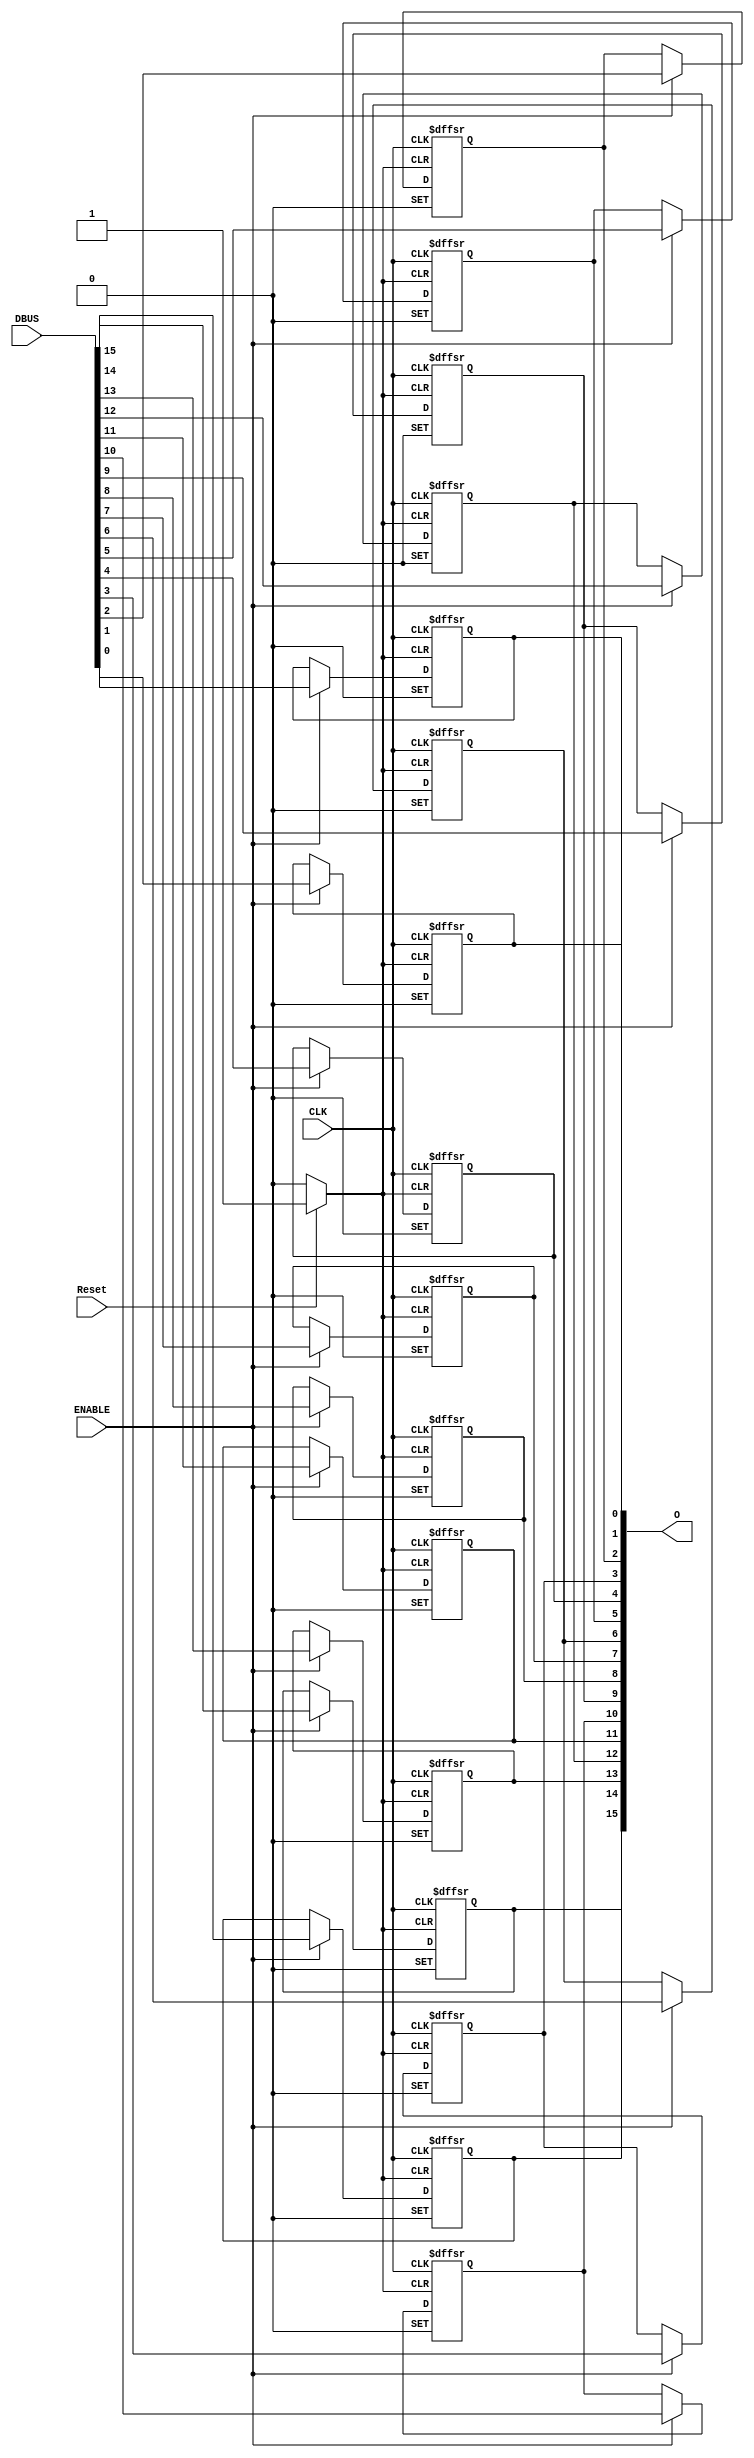
// Copyright (C) 1991-2013 Altera Corporation
// Your use of Altera Corporation's design tools, logic functions 
// and other software and tools, and its AMPP partner logic 
// functions, and any output files from any of the foregoing 
// (including device programming or simulation files), and any 
// associated documentation or information are expressly subject 
// to the terms and conditions of the Altera Program License 
// Subscription Agreement, Altera MegaCore Function License 
// Agreement, or other applicable license agreement, including, 
// without limitation, that your use is for the sole purpose of 
// programming logic devices manufactured by Altera and sold by 
// Altera or its authorized distributors.  Please refer to the 
// applicable agreement for further details.

// PROGRAM		"Quartus II 64-Bit"
// VERSION		"Version 13.0.1 Build 232 06/12/2013 Service Pack 1 SJ Web Edition"
// CREATED		"Mon Jun 11 02:07:59 2018"

module Register16Bit (
	Reset,
	CLK,
	ENABLE,
	DBUS,
	O
);


input wire	Reset;
input wire	CLK;
input wire	ENABLE;
input wire	[15:0] DBUS;
output wire	[15:0] O;

reg	[15:0] O_ALTERA_SYNTHESIZED;
wire	SYNTHESIZED_WIRE_32;
wire	SYNTHESIZED_WIRE_33;

assign	SYNTHESIZED_WIRE_32 = 1;




always@(posedge CLK or negedge SYNTHESIZED_WIRE_33 or negedge SYNTHESIZED_WIRE_32)
begin
if (!SYNTHESIZED_WIRE_33)
	begin
	O_ALTERA_SYNTHESIZED[0] <= 0;
	end
else
if (!SYNTHESIZED_WIRE_32)
	begin
	O_ALTERA_SYNTHESIZED[0] <= 1;
	end
else
if (ENABLE)
	begin
	O_ALTERA_SYNTHESIZED[0] <= DBUS[0];
	end
end


assign	SYNTHESIZED_WIRE_33 =  ~Reset;


always@(posedge CLK or negedge SYNTHESIZED_WIRE_33 or negedge SYNTHESIZED_WIRE_32)
begin
if (!SYNTHESIZED_WIRE_33)
	begin
	O_ALTERA_SYNTHESIZED[1] <= 0;
	end
else
if (!SYNTHESIZED_WIRE_32)
	begin
	O_ALTERA_SYNTHESIZED[1] <= 1;
	end
else
if (ENABLE)
	begin
	O_ALTERA_SYNTHESIZED[1] <= DBUS[1];
	end
end


always@(posedge CLK or negedge SYNTHESIZED_WIRE_33 or negedge SYNTHESIZED_WIRE_32)
begin
if (!SYNTHESIZED_WIRE_33)
	begin
	O_ALTERA_SYNTHESIZED[2] <= 0;
	end
else
if (!SYNTHESIZED_WIRE_32)
	begin
	O_ALTERA_SYNTHESIZED[2] <= 1;
	end
else
if (ENABLE)
	begin
	O_ALTERA_SYNTHESIZED[2] <= DBUS[2];
	end
end


always@(posedge CLK or negedge SYNTHESIZED_WIRE_33 or negedge SYNTHESIZED_WIRE_32)
begin
if (!SYNTHESIZED_WIRE_33)
	begin
	O_ALTERA_SYNTHESIZED[3] <= 0;
	end
else
if (!SYNTHESIZED_WIRE_32)
	begin
	O_ALTERA_SYNTHESIZED[3] <= 1;
	end
else
if (ENABLE)
	begin
	O_ALTERA_SYNTHESIZED[3] <= DBUS[3];
	end
end


always@(posedge CLK or negedge SYNTHESIZED_WIRE_33 or negedge SYNTHESIZED_WIRE_32)
begin
if (!SYNTHESIZED_WIRE_33)
	begin
	O_ALTERA_SYNTHESIZED[4] <= 0;
	end
else
if (!SYNTHESIZED_WIRE_32)
	begin
	O_ALTERA_SYNTHESIZED[4] <= 1;
	end
else
if (ENABLE)
	begin
	O_ALTERA_SYNTHESIZED[4] <= DBUS[4];
	end
end


always@(posedge CLK or negedge SYNTHESIZED_WIRE_33 or negedge SYNTHESIZED_WIRE_32)
begin
if (!SYNTHESIZED_WIRE_33)
	begin
	O_ALTERA_SYNTHESIZED[5] <= 0;
	end
else
if (!SYNTHESIZED_WIRE_32)
	begin
	O_ALTERA_SYNTHESIZED[5] <= 1;
	end
else
if (ENABLE)
	begin
	O_ALTERA_SYNTHESIZED[5] <= DBUS[5];
	end
end


always@(posedge CLK or negedge SYNTHESIZED_WIRE_33 or negedge SYNTHESIZED_WIRE_32)
begin
if (!SYNTHESIZED_WIRE_33)
	begin
	O_ALTERA_SYNTHESIZED[6] <= 0;
	end
else
if (!SYNTHESIZED_WIRE_32)
	begin
	O_ALTERA_SYNTHESIZED[6] <= 1;
	end
else
if (ENABLE)
	begin
	O_ALTERA_SYNTHESIZED[6] <= DBUS[6];
	end
end


always@(posedge CLK or negedge SYNTHESIZED_WIRE_33 or negedge SYNTHESIZED_WIRE_32)
begin
if (!SYNTHESIZED_WIRE_33)
	begin
	O_ALTERA_SYNTHESIZED[7] <= 0;
	end
else
if (!SYNTHESIZED_WIRE_32)
	begin
	O_ALTERA_SYNTHESIZED[7] <= 1;
	end
else
if (ENABLE)
	begin
	O_ALTERA_SYNTHESIZED[7] <= DBUS[7];
	end
end


always@(posedge CLK or negedge SYNTHESIZED_WIRE_33 or negedge SYNTHESIZED_WIRE_32)
begin
if (!SYNTHESIZED_WIRE_33)
	begin
	O_ALTERA_SYNTHESIZED[8] <= 0;
	end
else
if (!SYNTHESIZED_WIRE_32)
	begin
	O_ALTERA_SYNTHESIZED[8] <= 1;
	end
else
if (ENABLE)
	begin
	O_ALTERA_SYNTHESIZED[8] <= DBUS[8];
	end
end


always@(posedge CLK or negedge SYNTHESIZED_WIRE_33 or negedge SYNTHESIZED_WIRE_32)
begin
if (!SYNTHESIZED_WIRE_33)
	begin
	O_ALTERA_SYNTHESIZED[9] <= 0;
	end
else
if (!SYNTHESIZED_WIRE_32)
	begin
	O_ALTERA_SYNTHESIZED[9] <= 1;
	end
else
if (ENABLE)
	begin
	O_ALTERA_SYNTHESIZED[9] <= DBUS[9];
	end
end


always@(posedge CLK or negedge SYNTHESIZED_WIRE_33 or negedge SYNTHESIZED_WIRE_32)
begin
if (!SYNTHESIZED_WIRE_33)
	begin
	O_ALTERA_SYNTHESIZED[10] <= 0;
	end
else
if (!SYNTHESIZED_WIRE_32)
	begin
	O_ALTERA_SYNTHESIZED[10] <= 1;
	end
else
if (ENABLE)
	begin
	O_ALTERA_SYNTHESIZED[10] <= DBUS[10];
	end
end


always@(posedge CLK or negedge SYNTHESIZED_WIRE_33 or negedge SYNTHESIZED_WIRE_32)
begin
if (!SYNTHESIZED_WIRE_33)
	begin
	O_ALTERA_SYNTHESIZED[11] <= 0;
	end
else
if (!SYNTHESIZED_WIRE_32)
	begin
	O_ALTERA_SYNTHESIZED[11] <= 1;
	end
else
if (ENABLE)
	begin
	O_ALTERA_SYNTHESIZED[11] <= DBUS[11];
	end
end


always@(posedge CLK or negedge SYNTHESIZED_WIRE_33 or negedge SYNTHESIZED_WIRE_32)
begin
if (!SYNTHESIZED_WIRE_33)
	begin
	O_ALTERA_SYNTHESIZED[12] <= 0;
	end
else
if (!SYNTHESIZED_WIRE_32)
	begin
	O_ALTERA_SYNTHESIZED[12] <= 1;
	end
else
if (ENABLE)
	begin
	O_ALTERA_SYNTHESIZED[12] <= DBUS[12];
	end
end


always@(posedge CLK or negedge SYNTHESIZED_WIRE_33 or negedge SYNTHESIZED_WIRE_32)
begin
if (!SYNTHESIZED_WIRE_33)
	begin
	O_ALTERA_SYNTHESIZED[13] <= 0;
	end
else
if (!SYNTHESIZED_WIRE_32)
	begin
	O_ALTERA_SYNTHESIZED[13] <= 1;
	end
else
if (ENABLE)
	begin
	O_ALTERA_SYNTHESIZED[13] <= DBUS[13];
	end
end


always@(posedge CLK or negedge SYNTHESIZED_WIRE_33 or negedge SYNTHESIZED_WIRE_32)
begin
if (!SYNTHESIZED_WIRE_33)
	begin
	O_ALTERA_SYNTHESIZED[14] <= 0;
	end
else
if (!SYNTHESIZED_WIRE_32)
	begin
	O_ALTERA_SYNTHESIZED[14] <= 1;
	end
else
if (ENABLE)
	begin
	O_ALTERA_SYNTHESIZED[14] <= DBUS[14];
	end
end


always@(posedge CLK or negedge SYNTHESIZED_WIRE_33 or negedge SYNTHESIZED_WIRE_32)
begin
if (!SYNTHESIZED_WIRE_33)
	begin
	O_ALTERA_SYNTHESIZED[15] <= 0;
	end
else
if (!SYNTHESIZED_WIRE_32)
	begin
	O_ALTERA_SYNTHESIZED[15] <= 1;
	end
else
if (ENABLE)
	begin
	O_ALTERA_SYNTHESIZED[15] <= DBUS[15];
	end
end

assign	O = O_ALTERA_SYNTHESIZED;

endmodule